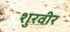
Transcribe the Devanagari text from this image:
शुरवीर